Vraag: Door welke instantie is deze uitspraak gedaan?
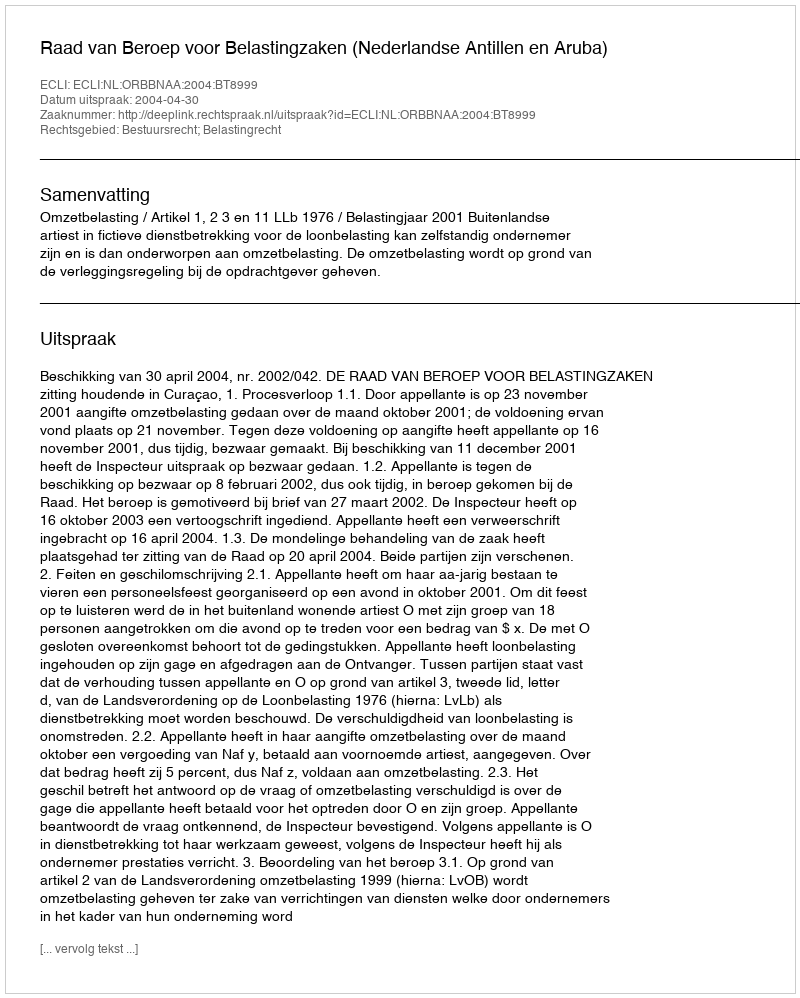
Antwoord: Raad van Beroep voor Belastingzaken (Nederlandse Antillen en Aruba)